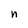
Character: n